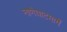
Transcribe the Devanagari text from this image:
नाणेघाटमार्गे